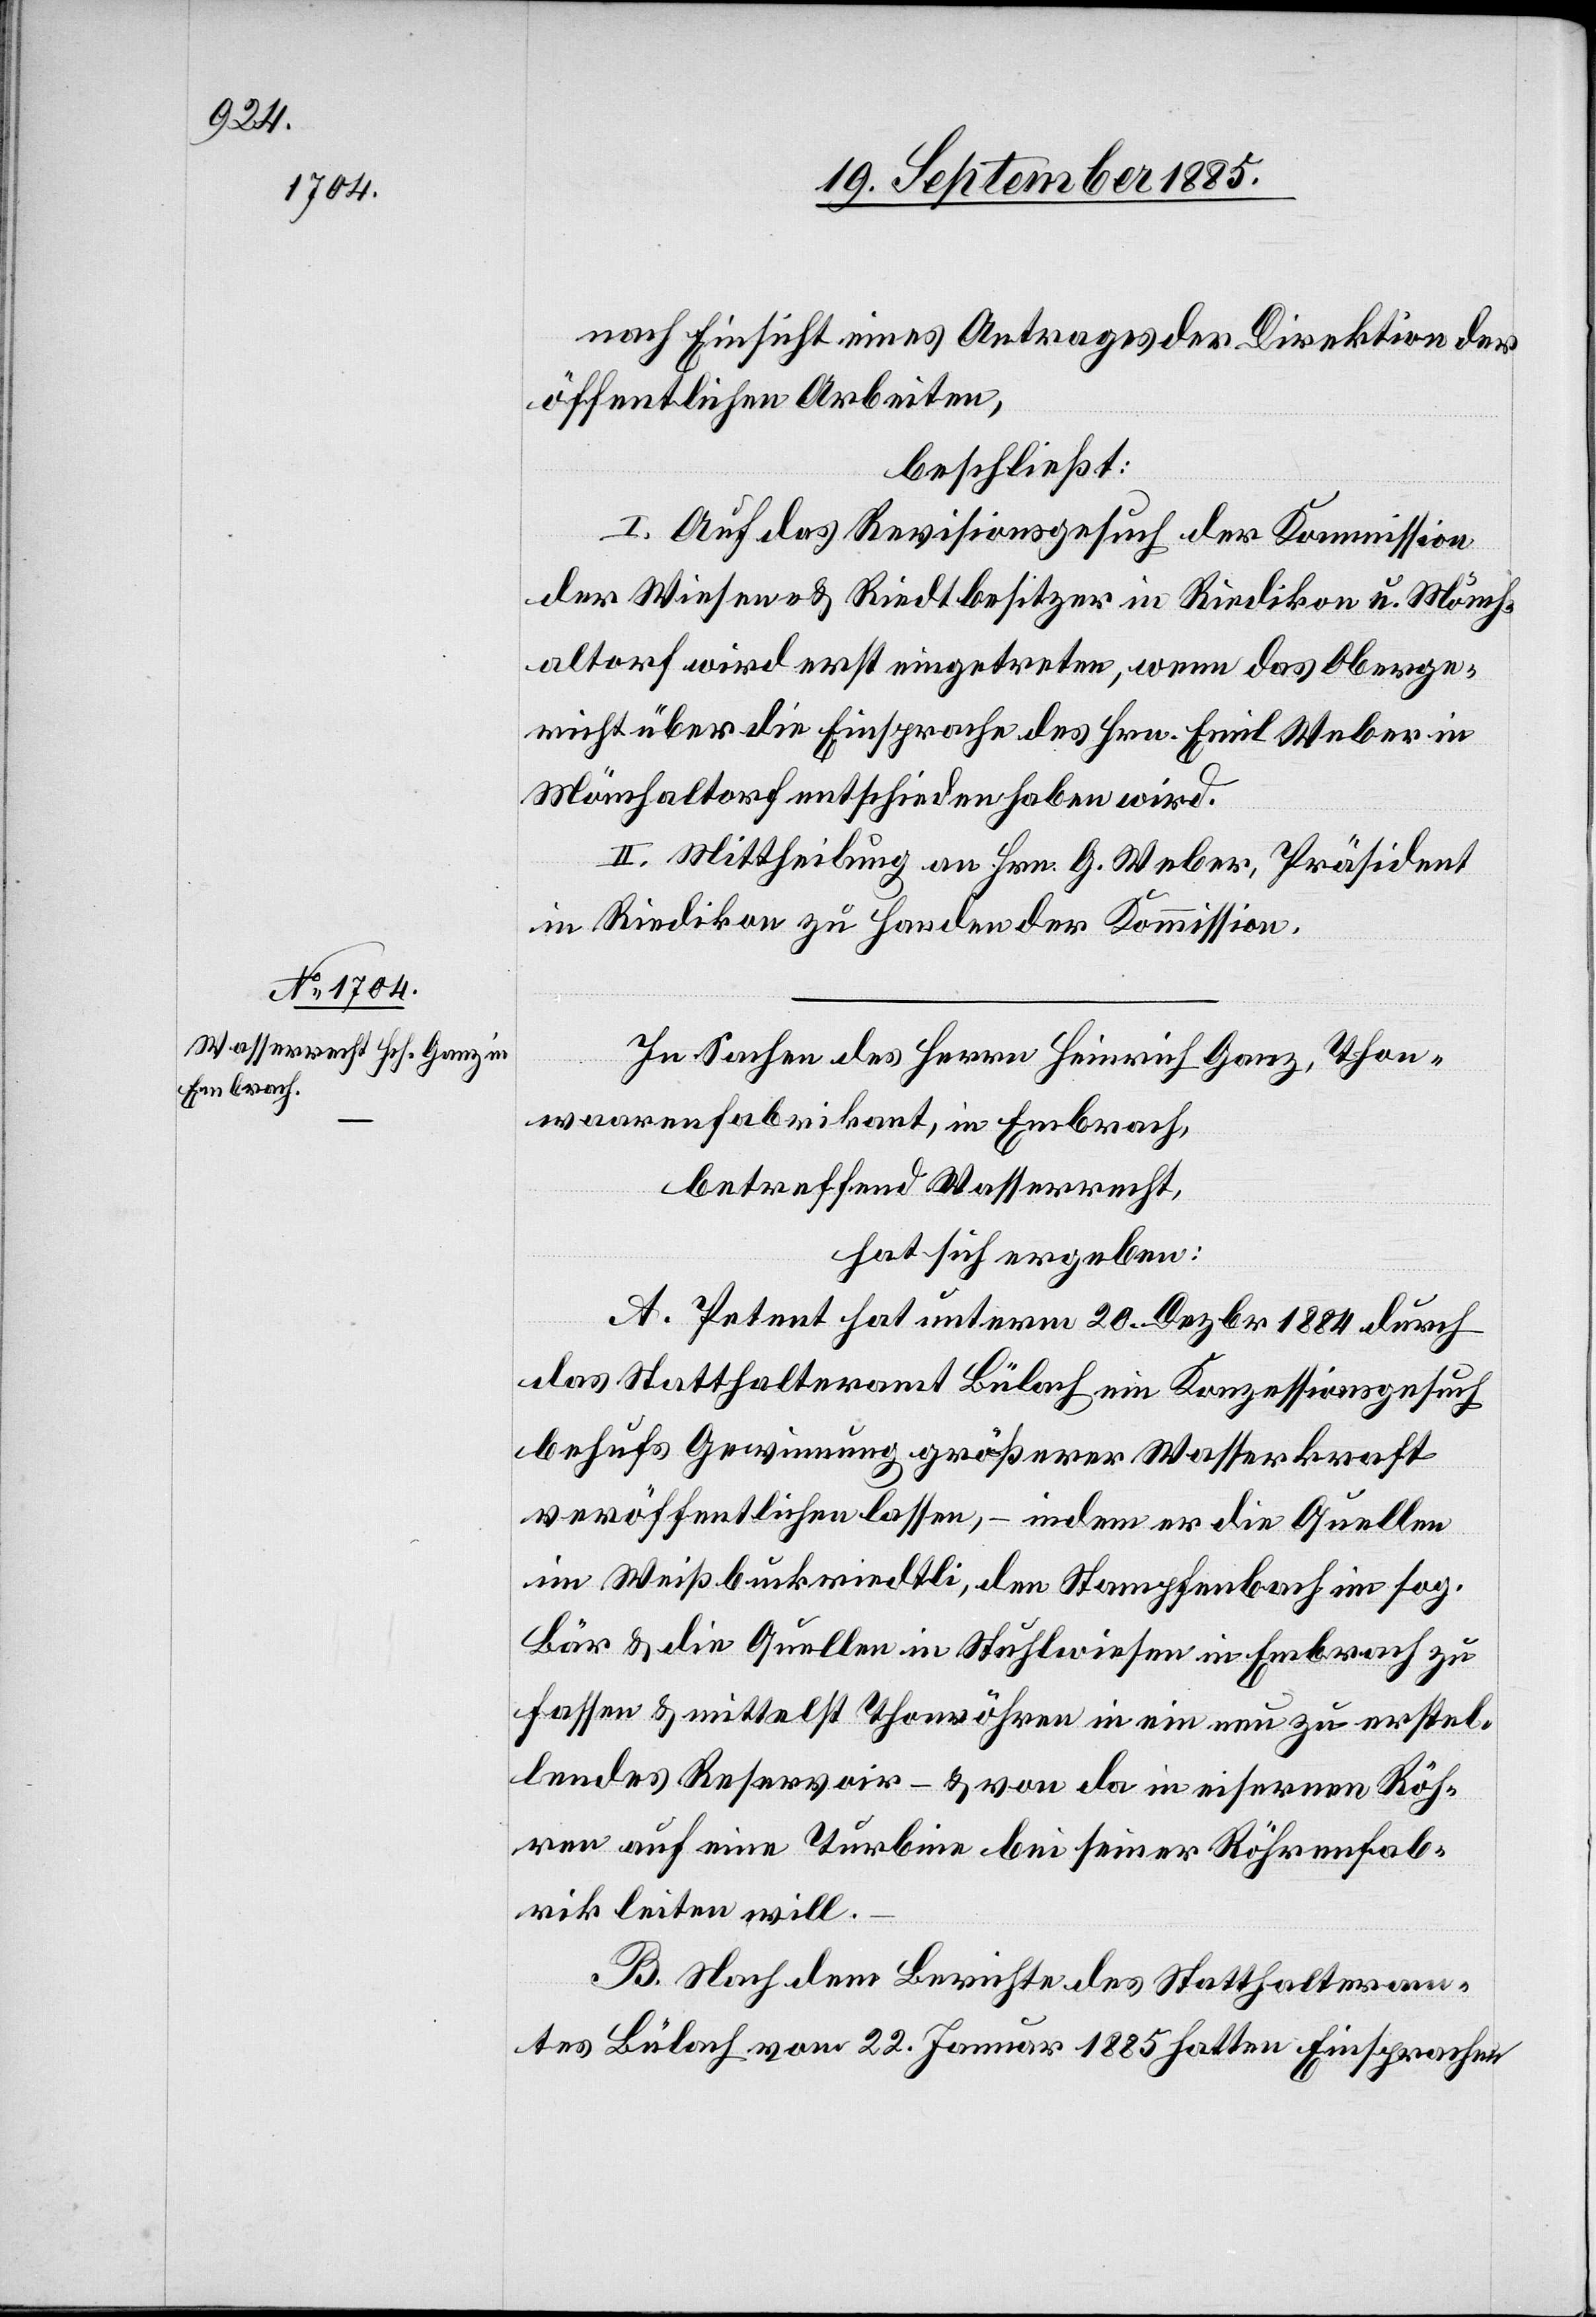
nach Einsicht eines Antrages der Direktion der
öffentlichen Arbeiten,
beschließt:
I. Auf das Revisionsgesuch der Kommission
der Wiesen- & Riedtbesitzer in Riedikon u. Mönch¬
altorf wird erst eingetreten, wenn das Oberge¬
richt über die Einsprache des Hrn. Emil Weber in
Mönchaltorf entschieden haben wird.
II. Mittheilung an Hrn. G. Weber, Präsident
in Riedikon zu Handen der Kommission.
In Sachen des Herrn Heinrich Ganz, Thon¬
waarenfabrikant, in Embrach,
betreffend Wasserrecht,
hat sich ergeben:
A. Petent hat unterm 20. Dezbr. 1884 durch
das Statthalteramt Bülach ein Konzessionsgesuch
behufs Gewinnung größerer Wasserkraft
veröffentlichen lassen, – indem er die Quellen
im Weißbuckriedtli, den Stampfenbach im sog.
Bär & die Quellen in Stuhlwiesen in Embrach zu
fassen & mittelst Thonröhren in ein neu zu erstel¬
lendes Reservoir – & von da in eisernen Röh¬
ren auf eine Turbine bei seiner Röhrenfab¬
rik leiten will.
B. Nach dem Berichte des Statthalteram¬
tes Bülach vom 22. Januar 1885 hatten Einsprachen